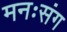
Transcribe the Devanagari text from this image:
मनःसंग